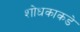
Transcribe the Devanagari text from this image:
शोधकाकडे